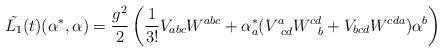
LaTeX: \begin{align*}\tilde{L_1}(t)(\alpha^*,\alpha) = \frac{g^2}{2}\left( \frac{1}{3!} V_{abc}W^{abc} + \alpha^*_a (V^a_{\;\; cd} W^{cd}_{\;\;\;b} + V_{bcd}W^{cda})\alpha^b \right)\end{align*}